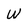
Character: W